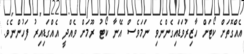
އެއްގޮތަށް ކޯޓަށް ހާޒިރުވަޑައިގެންނެވި ނަމަވެސް އޭނާ ކޯޓު ރޫމަށް ވެެއްދީ އެއްގަޑިއިރު ފަހުންނެވެ.